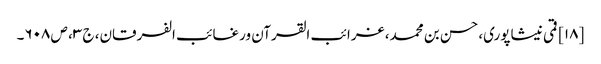
[۱۸] قمی نیشاپوری، حسن بن محمد، غرائب القرآن ورغائب الفرقان، ج ۳، ص ۶۰۸۔